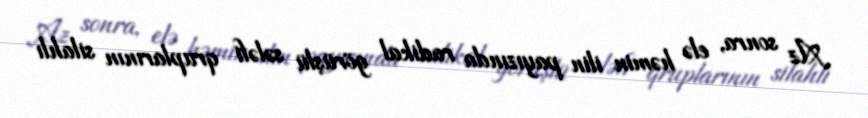
Az sonra, elə həmin ilin payızında radikal görüşlü sələfi qruplarının silahlı